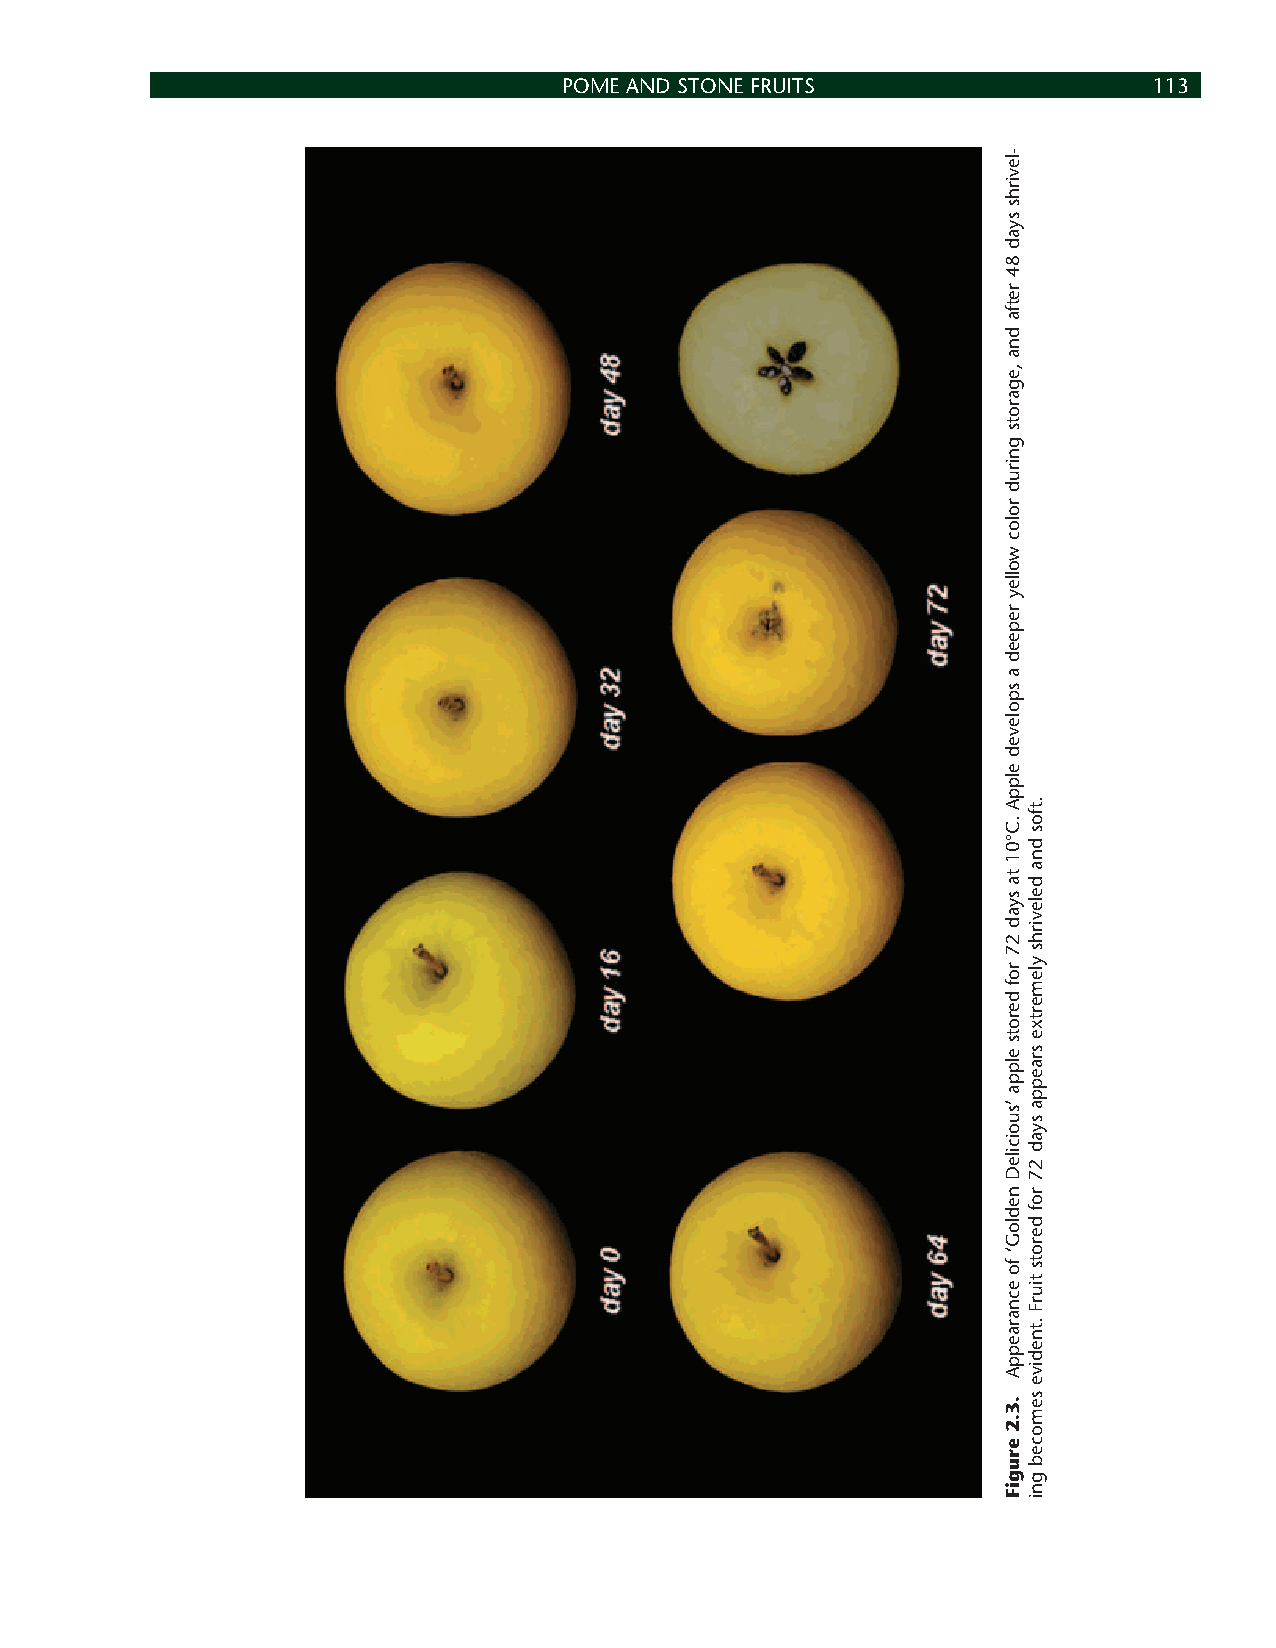
POME AND STONE FRUITS                  113
 -levirhs
 syad
 84
 retfa
 dna
 ,egarots
 gnirud
 roloc
 wolley
 repeed
 a
 spoleved
 elppA
 .C°01
 ta
 syad
 27
 rof
 derots
 elppa
 ’suoicileD
 nedloG‘
 fo
 ecnaraeppA
 .3.2
 erugiF
 .tfos
 dna
 delevirhs
 ylemertxe
 sraeppa
 syad
 27
 rof
 derots
 tiurF
 .tnedive
 semoceb
 gni